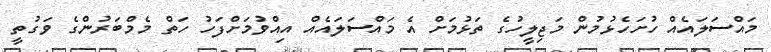
މައްސަލައެއް ހުށަހެޅުމުން މަޖިލީހުގެ ތަޅުމަށް އެ މައްސަލައެއް އިއްވުމަށްފަހު ހަތް މެމްބަރުންގެ ވަގުތީ